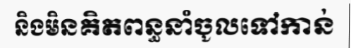
និងមិនគិតពន្ធនាំចូលទៅកាន់